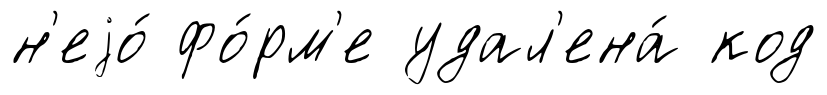
н'еjо́ фо́рм'е удал'ена́ код